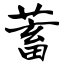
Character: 蓄